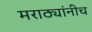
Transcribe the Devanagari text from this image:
मराठ्यांनीच